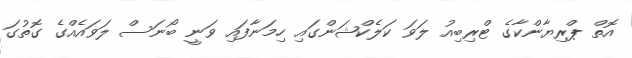
އޮތް ޕްރިޔާންކާގެ ޓްރިބިއު ލަވަ ކަލެކްޝަންގައި ހިމަނާފައި ވަނީ ބޯނަސް ލަވައެއްގެ ގޮތުގަ